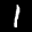
Label: 1